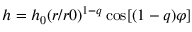
h = h _ { 0 } ( r / r 0 ) ^ { 1 - q } \cos [ ( 1 - q ) \varphi ]